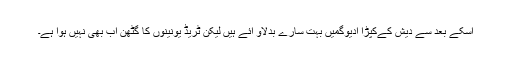
اسکے بعد سے دیش کےکپڑا ادیوگمیں بہت سارے بدلاؤ آئے ہیں لیکن ٹریڈ یونینوں کا گٹھن اب بھی نہیں ہوا ہے۔